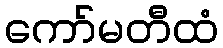
ကော်မတီထံ